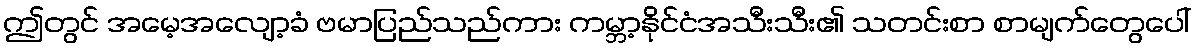
ဤတွင် အမေ့အလျော့ခံ ဗမာပြည်သည်ကား ကမ္ဘာ့နိုင်ငံအသီးသီး၏ သတင်းစာ စာမျက်တွေပေါ်